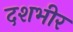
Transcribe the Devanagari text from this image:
दशभीर